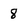
Character: 8